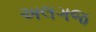
અલગજ